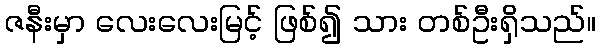
ဇနီးမှာ လေးလေးမြင့် ဖြစ်၍ သား တစ်ဦးရှိသည်။